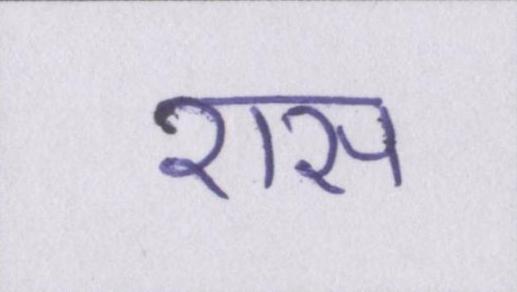
रास